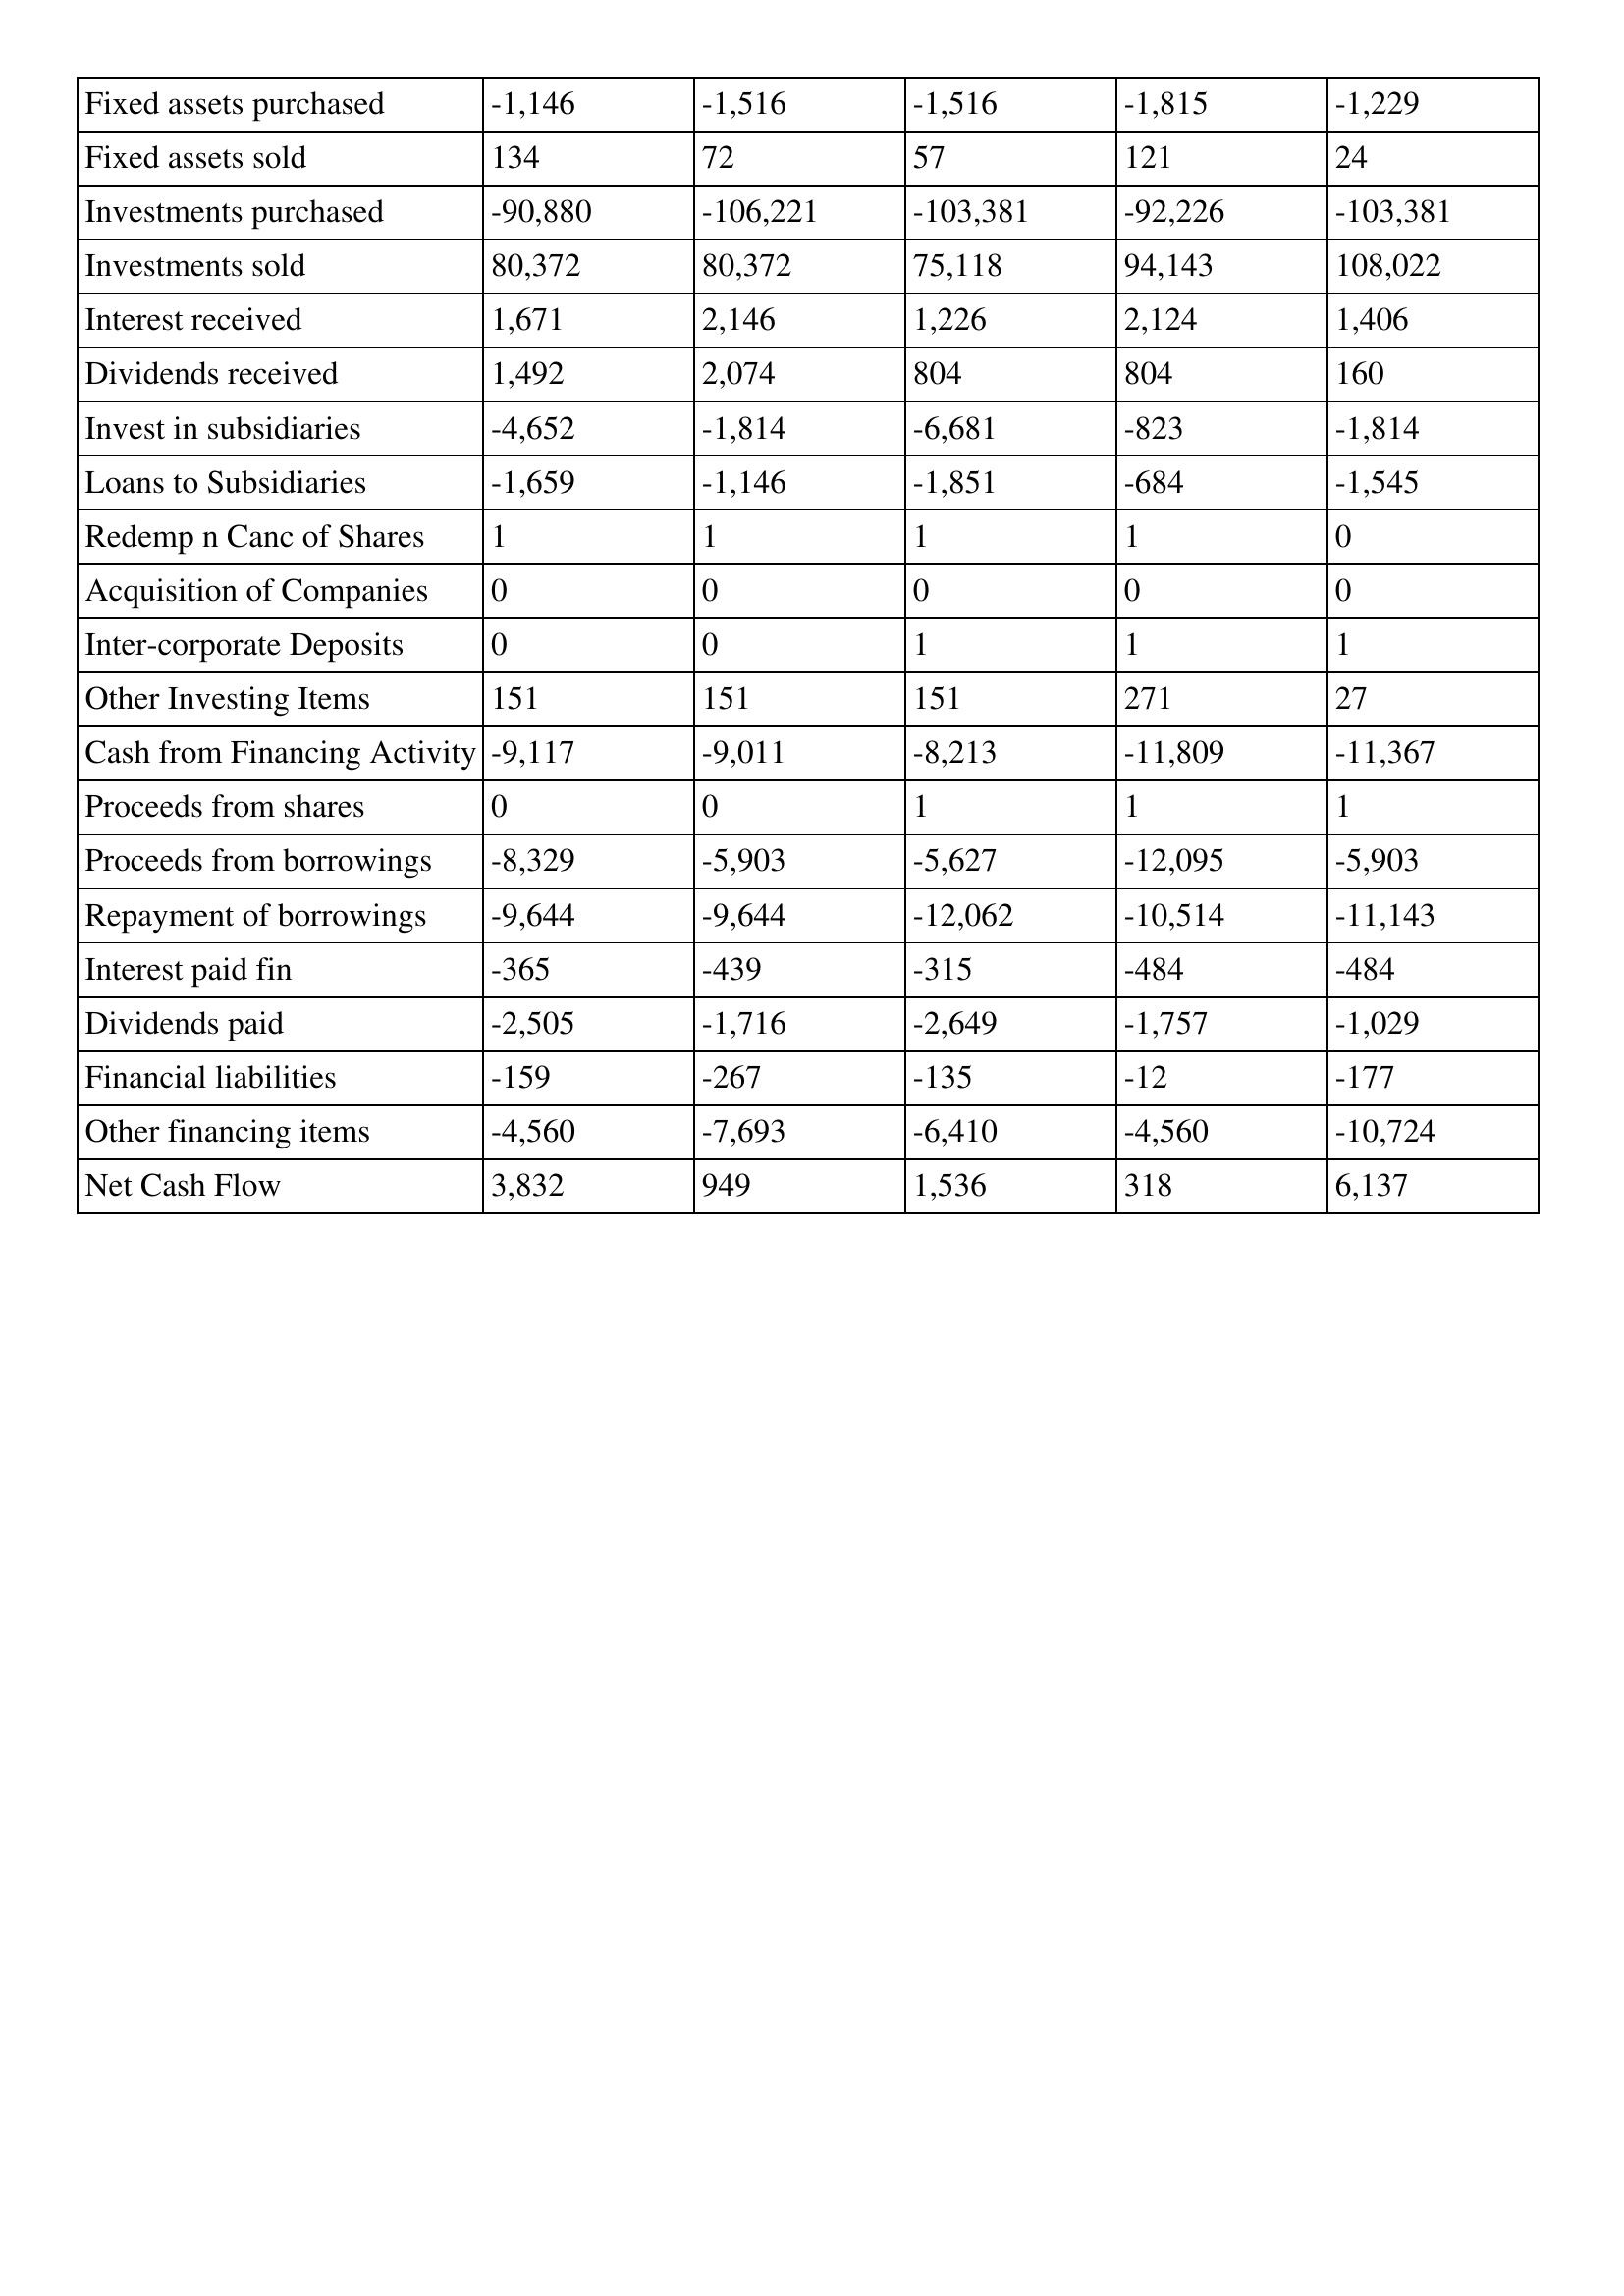
gt_parse: 2016: Cash Flows: Fixed assets purchased: -1,146
Fixed assets sold: 134
Investments purchased: -90,880
Investments sold: 80,372
Interest received: 1,671
Dividends received: 1,492
Invest in subsidiaries: -4,652
Loans to Subsidiaries: -1,659
Redemp n Canc of Shares: 1
Acquisition of Companies: 0
Inter-corporate Deposits: 0
Other Investing Items: 151
Cash from Financing Activity: -9,117
Proceeds from shares: 0
Proceeds from borrowings: -8,329
Repayment of borrowings: -9,644
Interest paid fin: -365
Dividends paid: -2,505
Financial liabilities: -159
Other financing items: -4,560
Net Cash Flow: 3,832
2015: Cash Flows: Fixed assets purchased: -1,516
Fixed assets sold: 72
Investments purchased: -106,221
Investments sold: 80,372
Interest received: 2,146
Dividends received: 2,074
Invest in subsidiaries: -1,814
Loans to Subsidiaries: -1,146
Redemp n Canc of Shares: 1
Acquisition of Companies: 0
Inter-corporate Deposits: 0
Other Investing Items: 151
Cash from Financing Activity: -9,011
Proceeds from shares: 0
Proceeds from borrowings: -5,903
Repayment of borrowings: -9,644
Interest paid fin: -439
Dividends paid: -1,716
Financial liabilities: -267
Other financing items: -7,693
Net Cash Flow: 949
2014: Cash Flows: Fixed assets purchased: -1,516
Fixed assets sold: 57
Investments purchased: -103,381
Investments sold: 75,118
Interest received: 1,226
Dividends received: 804
Invest in subsidiaries: -6,681
Loans to Subsidiaries: -1,851
Redemp n Canc of Shares: 1
Acquisition of Companies: 0
Inter-corporate Deposits: 1
Other Investing Items: 151
Cash from Financing Activity: -8,213
Proceeds from shares: 1
Proceeds from borrowings: -5,627
Repayment of borrowings: -12,062
Interest paid fin: -315
Dividends paid: -2,649
Financial liabilities: -135
Other financing items: -6,410
Net Cash Flow: 1,536
2013: Cash Flows: Fixed assets purchased: -1,815
Fixed assets sold: 121
Investments purchased: -92,226
Investments sold: 94,143
Interest received: 2,124
Dividends received: 804
Invest in subsidiaries: -823
Loans to Subsidiaries: -684
Redemp n Canc of Shares: 1
Acquisition of Companies: 0
Inter-corporate Deposits: 1
Other Investing Items: 271
Cash from Financing Activity: -11,809
Proceeds from shares: 1
Proceeds from borrowings: -12,095
Repayment of borrowings: -10,514
Interest paid fin: -484
Dividends paid: -1,757
Financial liabilities: -12
Other financing items: -4,560
Net Cash Flow: 318
2012: Cash Flows: Fixed assets purchased: -1,229
Fixed assets sold: 24
Investments purchased: -103,381
Investments sold: 108,022
Interest received: 1,406
Dividends received: 160
Invest in subsidiaries: -1,814
Loans to Subsidiaries: -1,545
Redemp n Canc of Shares: 0
Acquisition of Companies: 0
Inter-corporate Deposits: 1
Other Investing Items: 27
Cash from Financing Activity: -11,367
Proceeds from shares: 1
Proceeds from borrowings: -5,903
Repayment of borrowings: -11,143
Interest paid fin: -484
Dividends paid: -1,029
Financial liabilities: -177
Other financing items: -10,724
Net Cash Flow: 6,137